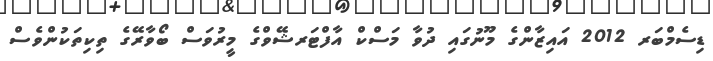
ޑިސެމްބަރ 2012 އައިޒާންގެ މޫނުގައި ދުވާ މަސްކް އާފްޓަރޝޭވްގެ މީރުވަސް ބޯވާރޭގެ ތިކިތަކުންވެސް